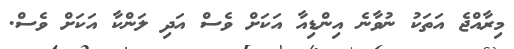
މިރާއްޖެ އަތަކު ނުވާނެ އިންޑިއާ އަކަށް ވެސް އަދި ލަންކާ އަކަށް ވެސް.